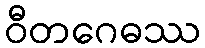
ဝီတဂေဓဿ